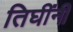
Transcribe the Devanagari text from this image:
तिघींनी